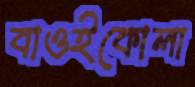
বাওইকোলা